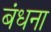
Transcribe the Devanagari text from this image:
बंधना